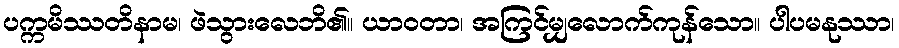
ပက္ကမိဿတိနာမ၊ ဖဲသွားလေဘိ၏။ ယာဝတာ၊ အကြင်မျှလောက်ကုန်သော။ ပါပမနုဿာ၊